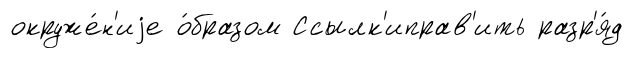
окруже́н'иjе о́бразом Ссылк'иправ'ить разр'я́д